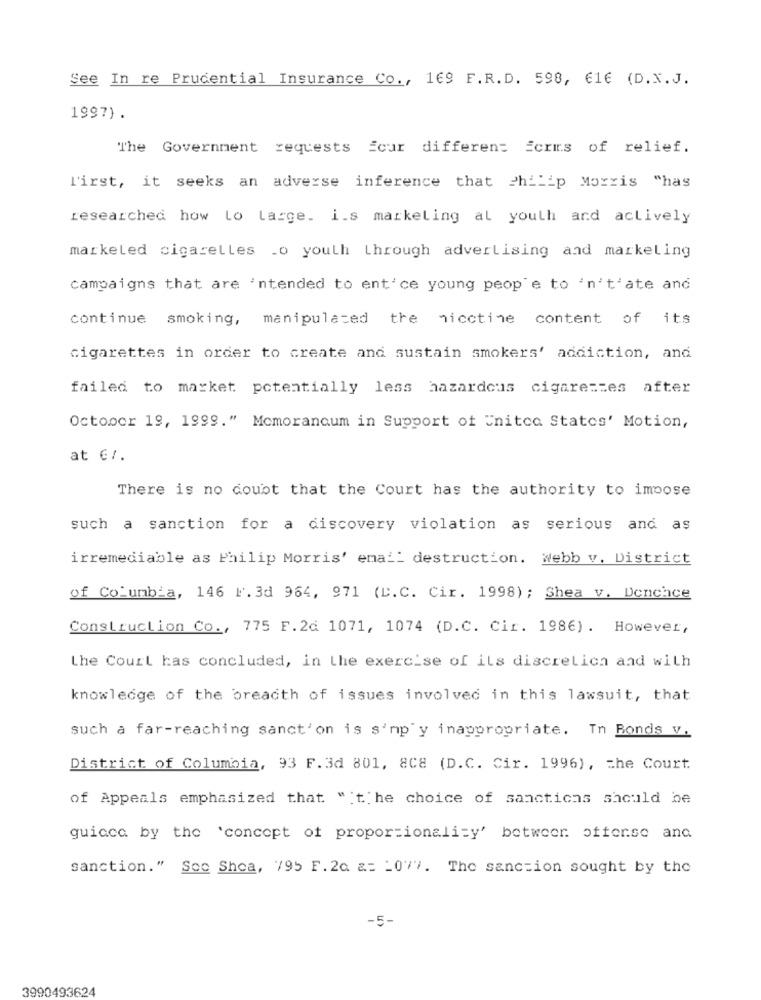
See In re Prudential Insurance Co ., 169 F.R.D. 598, 616 (D.V. J.
1997).
The Government requests Scur different forms of relief.
l'irst, it seeks an adverse inference that philip Morris "has
researched how Lo Large. i.s marketing al youth and actively
marketed cigarelles .o youth through advertising and marketing
campaigns that are 'ntended to ent'ce young people to 'n't'ate and
continue smoking, manipulated the nicotine content of its
cigarettes in order to create and sustain smokers' addiction, and
failed to market potentially less hazardous cigarettes after
October 19, 1999." Memorandum in Support of United States' Motion,
at €/.
There is no doubt that the Court has the authority to impose
such a sanction for a discovery violation as serious and as
irremediable as Philip Morris' email destruction. Webb v. District
of Columbia, 146 1. 3d 964, 971 (D.C. Cir. 1998); Shea v. Denchce
Construction Co ., 775 F.2d 1071, 1074 (D.C. Cir. 1986). However,
the Court has concluded, in the exercise of ils discretich and with
knowledge of the breadth of issues involved in this lawsuit, that
such a far-reaching sanct'on is s'np y inappropriate. In Bonds v.
District of Columbia, 93 F.3d 801, 8C8 (D.C. Cir. 1996), che Court.
of Appeals emphasized that " the choice of sanctions should be
guiaca by the 'concept of proportionality' between offerse and
sanction." Soo Shea, 795 F. 2c &= _ 077. The sanction sought by the
-5-
3990493624